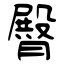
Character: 臀